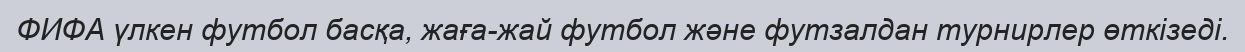
ФИФА үлкен футбол басқа, жаға-жай футбол және футзалдан турнирлер өткізеді.